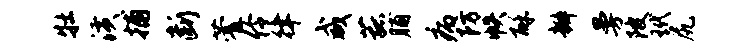
牡潢捕断藿伶律咸菰脯病防帙酥瓣曼陂玳尻